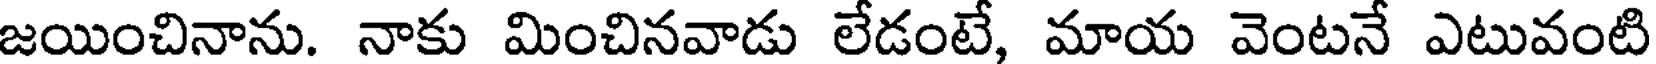
జయించినాను. నాకు మించినవాడు లేడంటే, మాయ వెంటనే ఎటువంటి